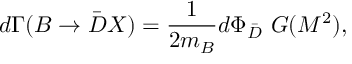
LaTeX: d \Gamma ( B \to \bar { D } X ) = \frac { 1 } { 2 m _ { B } } d \Phi _ { \bar { D } } \, \, G ( M ^ { 2 } ) ,